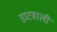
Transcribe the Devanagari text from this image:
डाटवाली